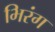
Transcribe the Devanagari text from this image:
भिरंग